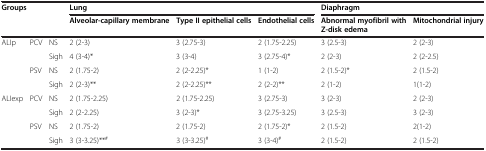
<table><thead><tr><td rowspan="2" colspan="3"><b>Groups</b></td><td colspan="3"><b>Lung</b></td><td colspan="2"><b>Diaphragm</b></td></tr><tr><td><b>Alveolar-capillary membrane</b></td><td><b>Type II epithelial cells</b></td><td><b>Endothelial cells</b></td><td><b>Abnormal myofibril with Z-disk edema</b></td><td><b>Mitochondrial injury</b></td></tr></thead><tbody><tr><td rowspan="4">ALIp</td><td rowspan="2">PCV</td><td>NS</td><td>2 (2-3)</td><td>3 (2.75-3)</td><td>2 (1.75-2.25)</td><td>3 (2.5-3)</td><td>2 (2-3)</td></tr><tr><td>Sigh</td><td>4 (3-4)*</td><td>3 (3-4)</td><td>3 (2.75-4)*</td><td>2 (2-3)</td><td>2 (2-2.5)</td></tr><tr><td rowspan="2">PSV</td><td>NS</td><td>2 (1.75-2)</td><td>2 (2-2.25)*</td><td>1 (1-2)</td><td>2 (1.5-2)*</td><td>2 (1.5-2)</td></tr><tr><td>Sigh</td><td>2 (2-3)**</td><td>2 (2-2.25)**</td><td>2 (2-2)**</td><td>2 (1-2)</td><td>1(1-2)</td></tr><tr><td rowspan="4">ALIexp</td><td rowspan="2">PCV</td><td>NS</td><td>2 (1.75-2.25)</td><td>2 (1.75-2.25)</td><td>3 (2.75-3)</td><td>3 (2-3)</td><td>2 (2-3)</td></tr><tr><td>Sigh</td><td>2 (2-2.25)</td><td>3 (2-3)*</td><td>3 (2.75-3.25)</td><td>3 (2.5-3)</td><td>3 (2-3)</td></tr><tr><td rowspan="2">PSV</td><td>NS</td><td>2 (1.75-2)</td><td>2 (1.75-2)</td><td>2 (1.75-2)*</td><td>2 (1.5-2)</td><td>2(1-2)</td></tr><tr><td>Sigh</td><td>3 (3-3.25)**<sup>#</sup></td><td>3 (3-3.25)<sup>#</sup></td><td>3 (3-4)<sup>#</sup></td><td>2 (1.5-2)</td><td>2 (1.5-2)</td></tr></tbody></table>